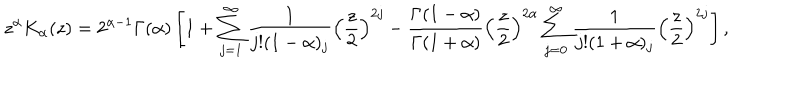
z ^ { \alpha } K _ { \alpha } ( z ) = 2 ^ { \alpha - 1 } \Gamma ( \alpha ) \left[ 1 + \sum _ { j = 1 } ^ { \infty } \frac 1 { j ! ( 1 - \alpha ) _ { j } } \left( \frac { z } 2 \right) ^ { 2 j } - \frac { \Gamma ( 1 - \alpha ) } { \Gamma ( 1 + \alpha ) } \left( \frac { z } 2 \right) ^ { 2 \alpha } \sum _ { j = 0 } ^ { \infty } \frac 1 { j ! ( 1 + \alpha ) _ { j } } \left( \frac { z } 2 \right) ^ { 2 j } \right] ,